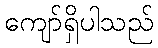
ကျော်ရှိပါသည်